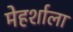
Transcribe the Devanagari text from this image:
मेहर्शाला